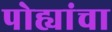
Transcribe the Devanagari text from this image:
पोह्यांचा